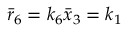
\bar { r } _ { 6 } = k _ { 6 } \bar { x } _ { 3 } = k _ { 1 }